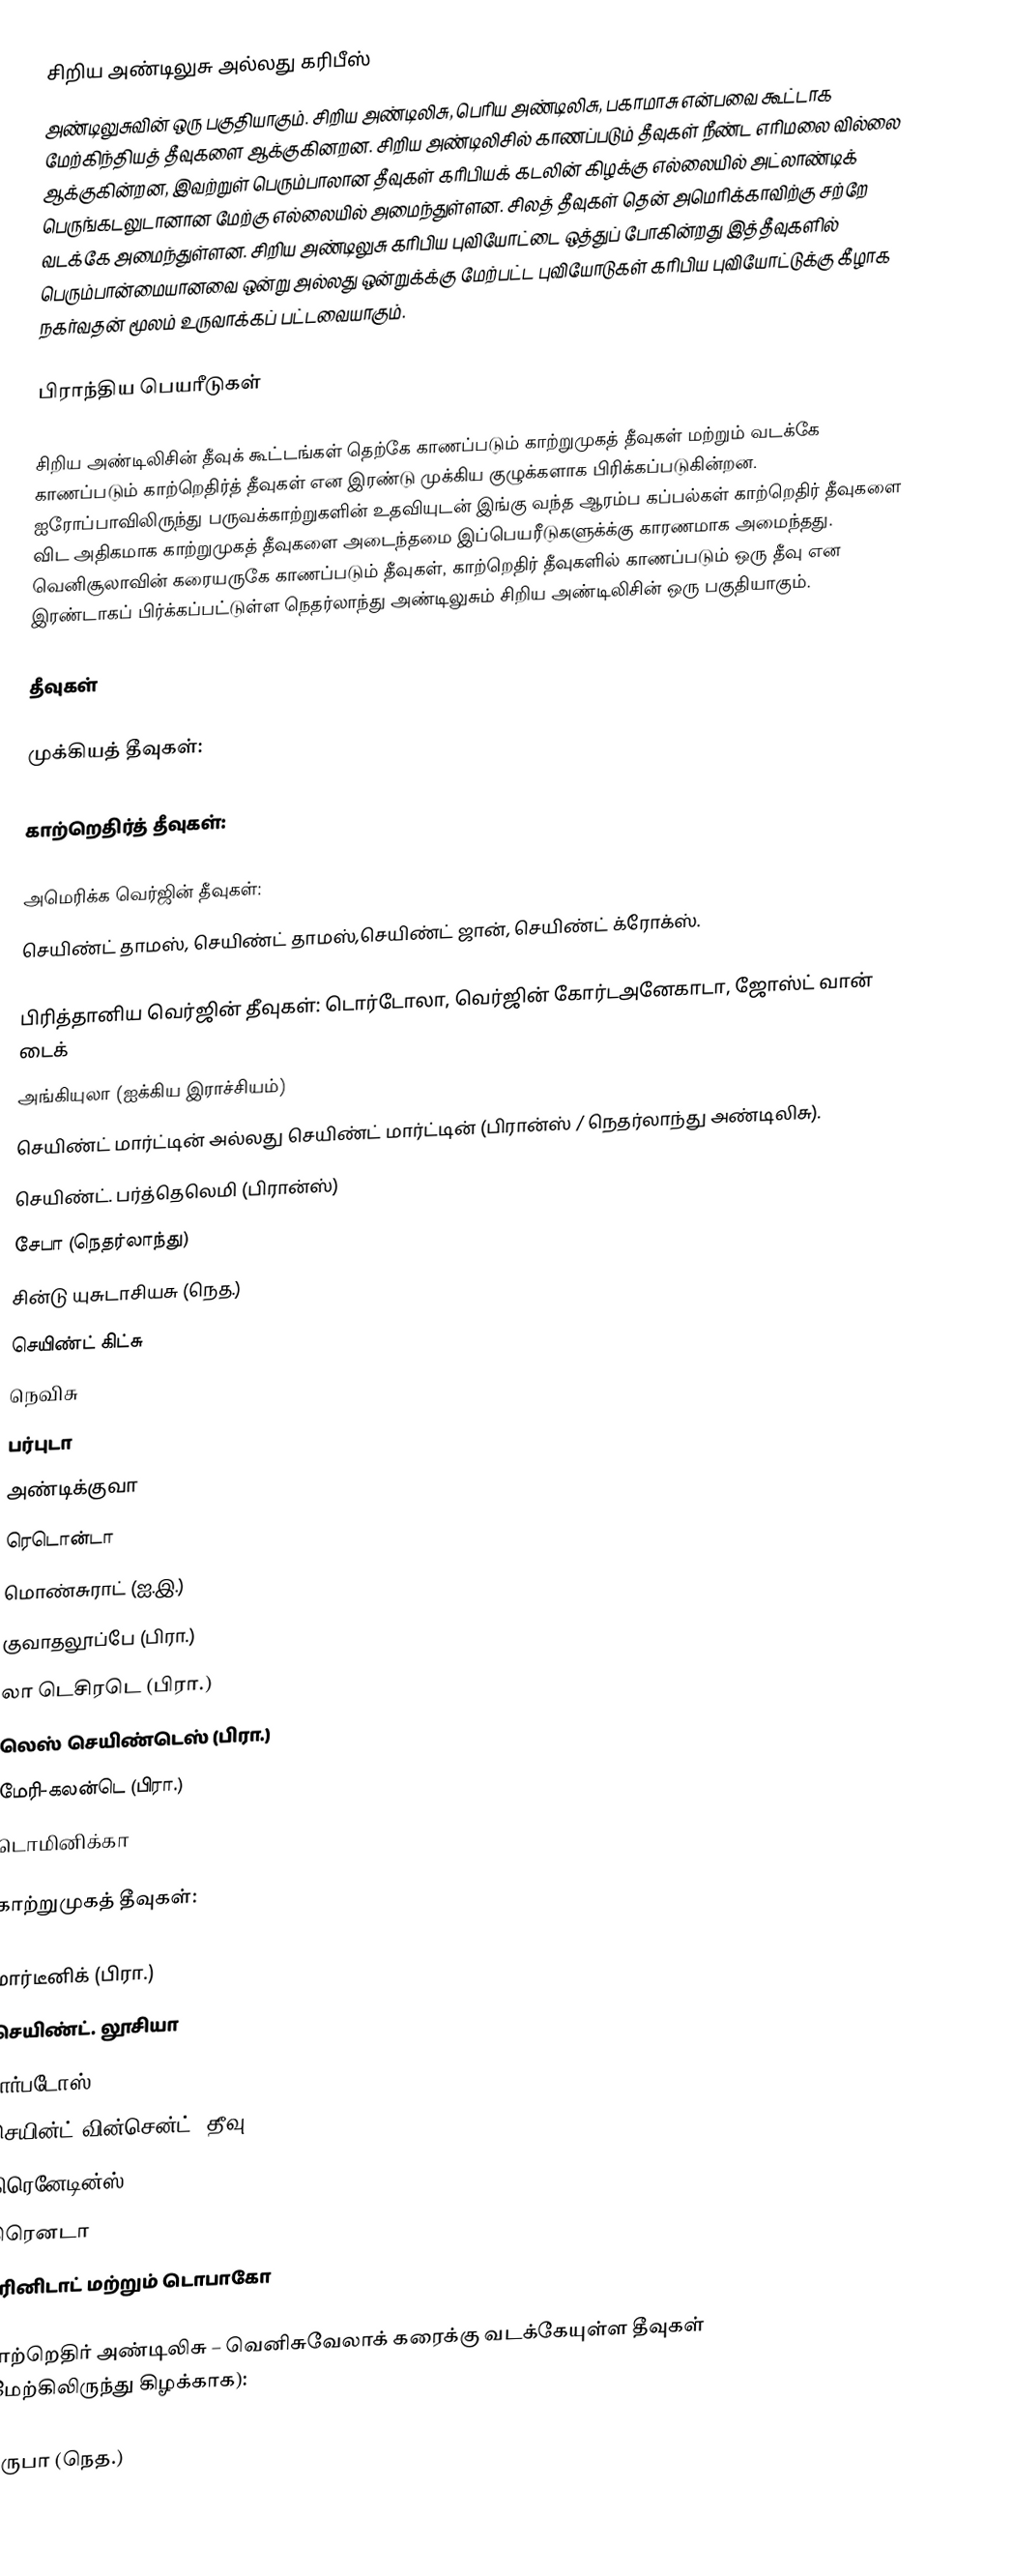
சிறிய அண்டிலுசு அல்லது கரிபீஸ்
அண்டிலுசுவின் ஒரு பகுதியாகும். சிறிய அண்டிலிசு, பெரிய அண்டிலிசு, பகாமாசு என்பவை கூட்டாக மேற்கிந்தியத் தீவுகளை ஆக்குகினறன. சிறிய அண்டிலிசில் காணப்படும் தீவுகள் நீண்ட எரிமலை வில்லை ஆக்குகின்றன, இவற்றுள் பெரும்பாலான தீவுகள் கரிபியக் கடலின் கிழக்கு எல்லையில் அட்லாண்டிக் பெருங்கடலுடானான மேற்கு எல்லையில் அமைந்துள்ளன. சிலத் தீவுகள் தென் அமெரிக்காவிற்கு சற்றே வடக்கே அமைந்துள்ளன. சிறிய அண்டிலுசு கரிபிய புவியோட்டை ஒத்துப் போகின்றது இத்தீவுகளில் பெரும்பான்மையானவை ஒன்று அல்லது ஒன்றுக்க்கு மேற்பட்ட புவியோடுகள் கரிபிய புவியோட்டுக்கு கீழாக நகர்வதன் மூலம் உருவாக்கப் பட்டவையாகும்.

பிராந்திய பெயரீடுகள்

சிறிய அண்டிலிசின் தீவுக் கூட்டங்கள் தெற்கே காணப்படும் காற்றுமுகத் தீவுகள் மற்றும் வடக்கே காணப்படும் காற்றெதிர்த் தீவுகள் என இரண்டு முக்கிய குழுக்களாக பிரிக்கப்படுகின்றன. ஐரோப்பாவிலிருந்து பருவக்காற்றுகளின் உதவியுடன் இங்கு வந்த ஆரம்ப கப்பல்கள் காற்றெதிர் தீவுகளை விட அதிகமாக காற்றுமுகத் தீவுகளை அடைந்தமை இப்பெயரீடுகளுக்க்கு காரணமாக அமைந்தது. வெனிசூலாவின் கரையருகே காணப்படும் தீவுகள், காற்றெதிர் தீவுகளில் காணப்படும் ஒரு தீவு என இரண்டாகப் பிர்க்கப்பட்டுள்ள நெதர்லாந்து அண்டிலுசும் சிறிய அண்டிலிசின் ஒரு பகுதியாகும்.

தீவுகள்

முக்கியத் தீவுகள்:

காற்றெதிர்த் தீவுகள்:

 அமெரிக்க வெர்ஜின் தீவுகள்:
செயிண்ட் தாமஸ், செயிண்ட் தாமஸ்,செயிண்ட் ஜான், செயிண்ட் க்ரோக்ஸ்.

 பிரித்தானிய வெர்ஜின் தீவுகள்: டொர்டோலா, வெர்ஜின் கோர்டஅனேகாடா, ஜோஸ்ட் வான் டைக்
 அங்கியுலா (ஐக்கிய இராச்சியம்)
 செயிண்ட் மார்ட்டின் அல்லது செயிண்ட் மார்ட்டின் (பிரான்ஸ் / நெதர்லாந்து அண்டிலிசு).
 செயிண்ட். பர்த்தெலெமி (பிரான்ஸ்)
 சேபா (நெதர்லாந்து)
 சின்டு யுசுடாசியசு (நெத.)
 செயிண்ட் கிட்சு
 நெவிசு
 பர்புடா
 அண்டிக்குவா
 ரெடொன்டா
 மொண்சுராட் (ஐ.இ.)
 குவாதலூப்பே (பிரா.)
 லா டெசிரடெ  (பிரா.)
 லெஸ் செயிண்டெஸ் (பிரா.)
 மேரி-கலன்டெ (பிரா.)
 டொமினிக்கா

காற்றுமுகத் தீவுகள்:

 மார்டீனிக் (பிரா.)
 செயிண்ட். லூசியா
 பார்படோஸ்
 செயின்ட் வின்சென்ட் (தீவு)
 கிரெனேடின்ஸ்
 கிரெனடா
 டிரினிடாட் மற்றும் டொபாகோ

காற்றெதிர் அண்டிலிசு – வெனிசுவேலாக் கரைக்கு வடக்கேயுள்ள தீவுகள் (மேற்கிலிருந்து கிழக்காக):

 அருபா (நெத.)